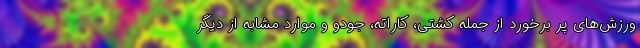
ورزش‌های پر برخورد از جمله کشتی، کاراته، جودو و موارد مشابه از دیگر